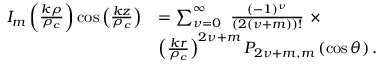
\begin{array} { r l } { I _ { m } \left( \frac { k \rho } { \rho _ { c } } \right) \cos \left( \frac { k z } { \rho _ { c } } \right) } & { = \sum _ { { \nu } = 0 } ^ { \infty } \ \frac { ( - 1 ) ^ { { \nu } } } { ( 2 ( { \nu } + m ) ) ! } \ \times } \\ & { \left( \frac { k r } { \rho _ { c } } \right) ^ { 2 { \nu } + m } P _ { 2 { \nu } + m , m } \left( \cos \theta \right) . } \end{array}